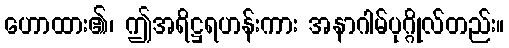
ဟောထား၏၊ ဤအရိဋ္ဌရဟန်းကား အနာဂါမ်ပုဂ္ဂိုလ်တည်း။